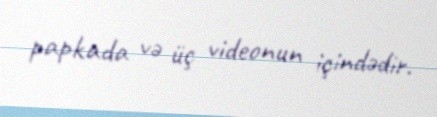
papkada və üç videonun içindədir.